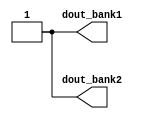
module PowerRailDetector_STQFN20(dout_bank1, dout_bank2);

	////////////////////////////////////////////////////////////////////////////////////////////////////////////////////
	// I/O declarations

	(* LOC = "P10" *)
	output wire dout_bank1 = 1;

	(* LOC = "P20" *)
	output wire dout_bank2 = 1;

endmodule